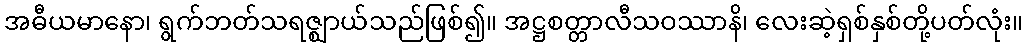
အဓီယမာနော၊ ရွက်ဘတ်သရဇ္ဈာယ်သည်ဖြစ်၍။ အဋ္ဌစတ္တာလီသဝဿာနိ၊ လေးဆဲ့ရှစ်နှစ်တို့ပတ်လုံး။